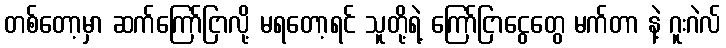
တစ်တော့မှာ ဆက်ကြော်ငြာလို့ မရတော့ရင် သူတို့ရဲ့ ကြော်ငြာငွေတွေ မက်တာ နဲ့ ဂူးဂဲလ်